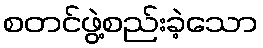
စတင်ဖွဲ့စည်းခဲ့သော